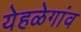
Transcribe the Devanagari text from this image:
येहळेगांव